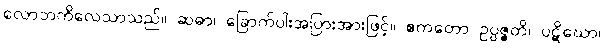
လောဘကိလေသာသည်။ ဆဓာ၊ ခြောက်ပါးအပြားအားဖြင့်။ ဧကတော ဥပ္ပဇ္ဇတိ၊ ပဋိဃော၊